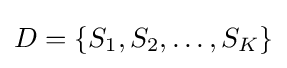
D=\{S_{1},S_{2},\dots ,S_{K}\}